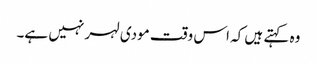
وہ کہتے ہیں کہ اس وقت مودی لہر نہیں ہے۔